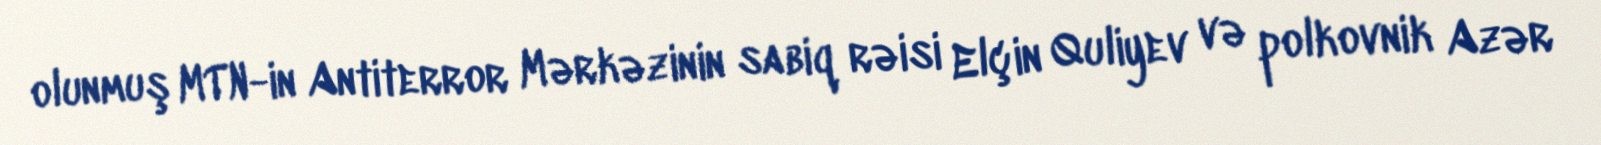
olunmuş MTN-in Antiterror Mərkəzinin sabiq rəisi Elçin Quliyev və polkovnik Azər